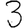
Digit: 3